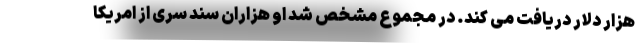
هزار دلار دریافت می کند. در مجموع مشخص شد او هزاران سند سری از امریکا